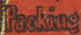
Packing